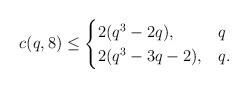
LaTeX: \begin{align*}c(q, 8) \le\begin{cases}2(q^3 - 2q),& q \\2(q^3 - 3q - 2),& q .\end{cases}\end{align*}